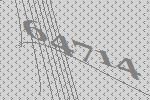
64714